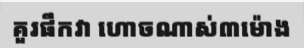
គួរផឹកវា ហោចណាស់៣ម៉ោង